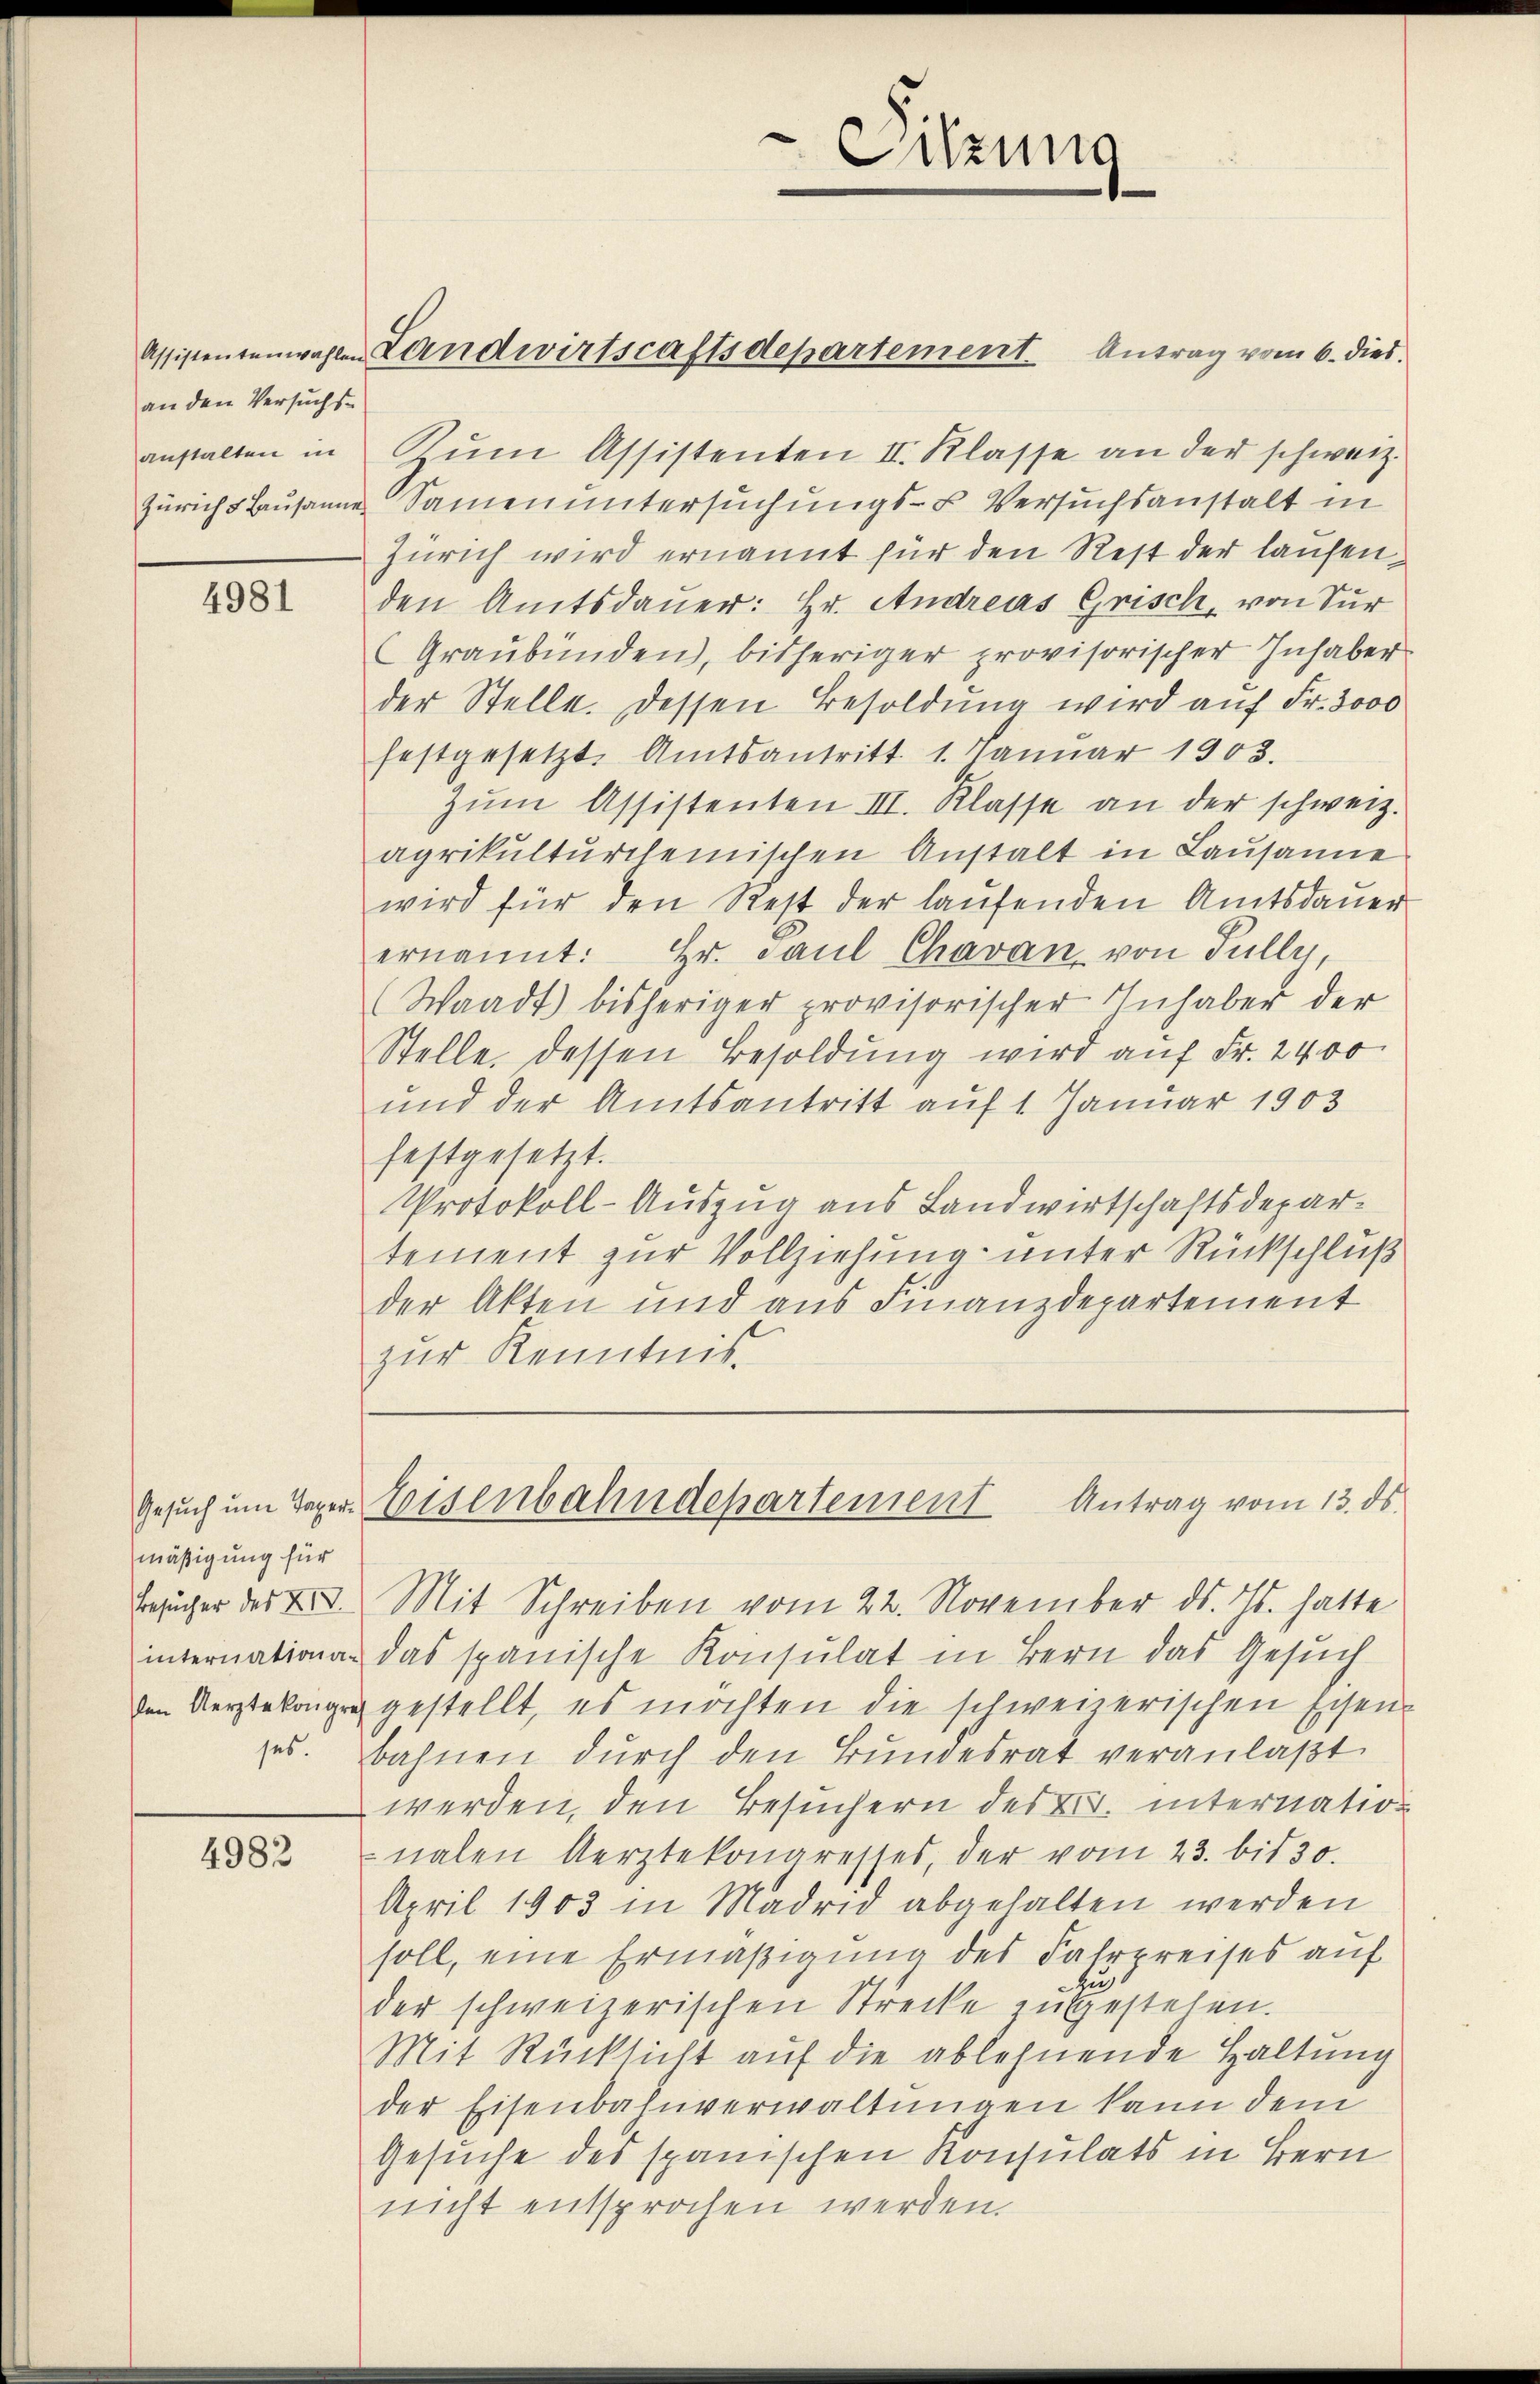
an den Versuchs-
anstalten in

4981

mäßigung für
Besucher des XII.
internationaden Aerztekongre

4983

Assistentenwahlen Landwirtscaftsdepartement. Antrag vom 6. dies.

Zum Assistenten II. Klasse an der schweiz.
Zürichs Lausanne Samen untersuchungs- u. Versuchsanstalt in
Zürich wird ernannt für den Rest der laufenden Amtsdauer: Hr. Andreas Grisch, von Sur
Graubünden, bisheriger provisorischer Inhaber
der Stelle. Dessen Besoldung wird auf Fr. 3000
festgesetzt. Amtsantritt. 1. Januar 1903.
zŭm Assistenten III. Klasse an der schweiz.
agrikulturcheinischen Anstalt in Lausane
wird für den Rest der laufenden Amtsdauer
ernannt: Hr. Paŭl Chavan, von Fully,
(Waadt) bisheriger provisorischer Inhaber der
Stelle dessen Besoldung wird auf Fr. 2400
und der Amtsantritt auf 1 Januar 1903
festgesetzt.
Protokoll-Auszug aus Landwirtschaftsdepartement zur Vollziehung unter Rückschluß
der Akten und aus Finanzdepartement
zur Kenntniß¬

Sitzung

Gesuch um Tager Eisenbahndepartement Antrag vom 13. ds.

Mit Schreiben vom 22. November ds. Js. hatte
das spanische Konsulat in Bern das Gesuch
gestellt, es möchten die schweizerischen Eisen-
es. Bahnen durch den Bundesrat veranlaßt
werden, den Besuchern des Fr. internation
nalen Aerztekongresses, der vom 23. bis 30.
April 1903 in Madrid abgehalten werden
soll, eine Ermäßigung des Fahrpreises auf
Au
der schweizerischen Strecke insgestehen.
Mit Rücksicht auf die ablehnende Haltung
der Eisenbahnverwaltungen kann dem
Gesuche des spanischen Konsulats in Bern
nicht entsprochen werden.